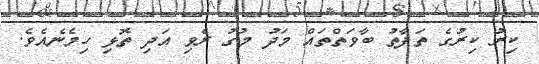
ކިރު ކިރުގެ ތަފާތު ބާވަތްތައް މަދު މުގު ރެވި އަދި ތޮޅި ހިމެނެއެވެ.